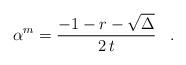
LaTeX: \begin{align*}\alpha^m = \frac{-1-r-\sqrt{\Delta}}{2 \, t} \;\;\; .\end{align*}